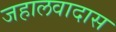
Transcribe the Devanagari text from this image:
जहालवादास